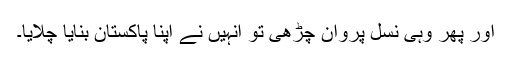
اور پھر وہی نسل پروان چڑھی تو انہیں نے اپنا پاکستان بنایا چلایا۔